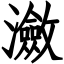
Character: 瀲